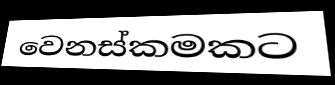
වෙනස්කමකට